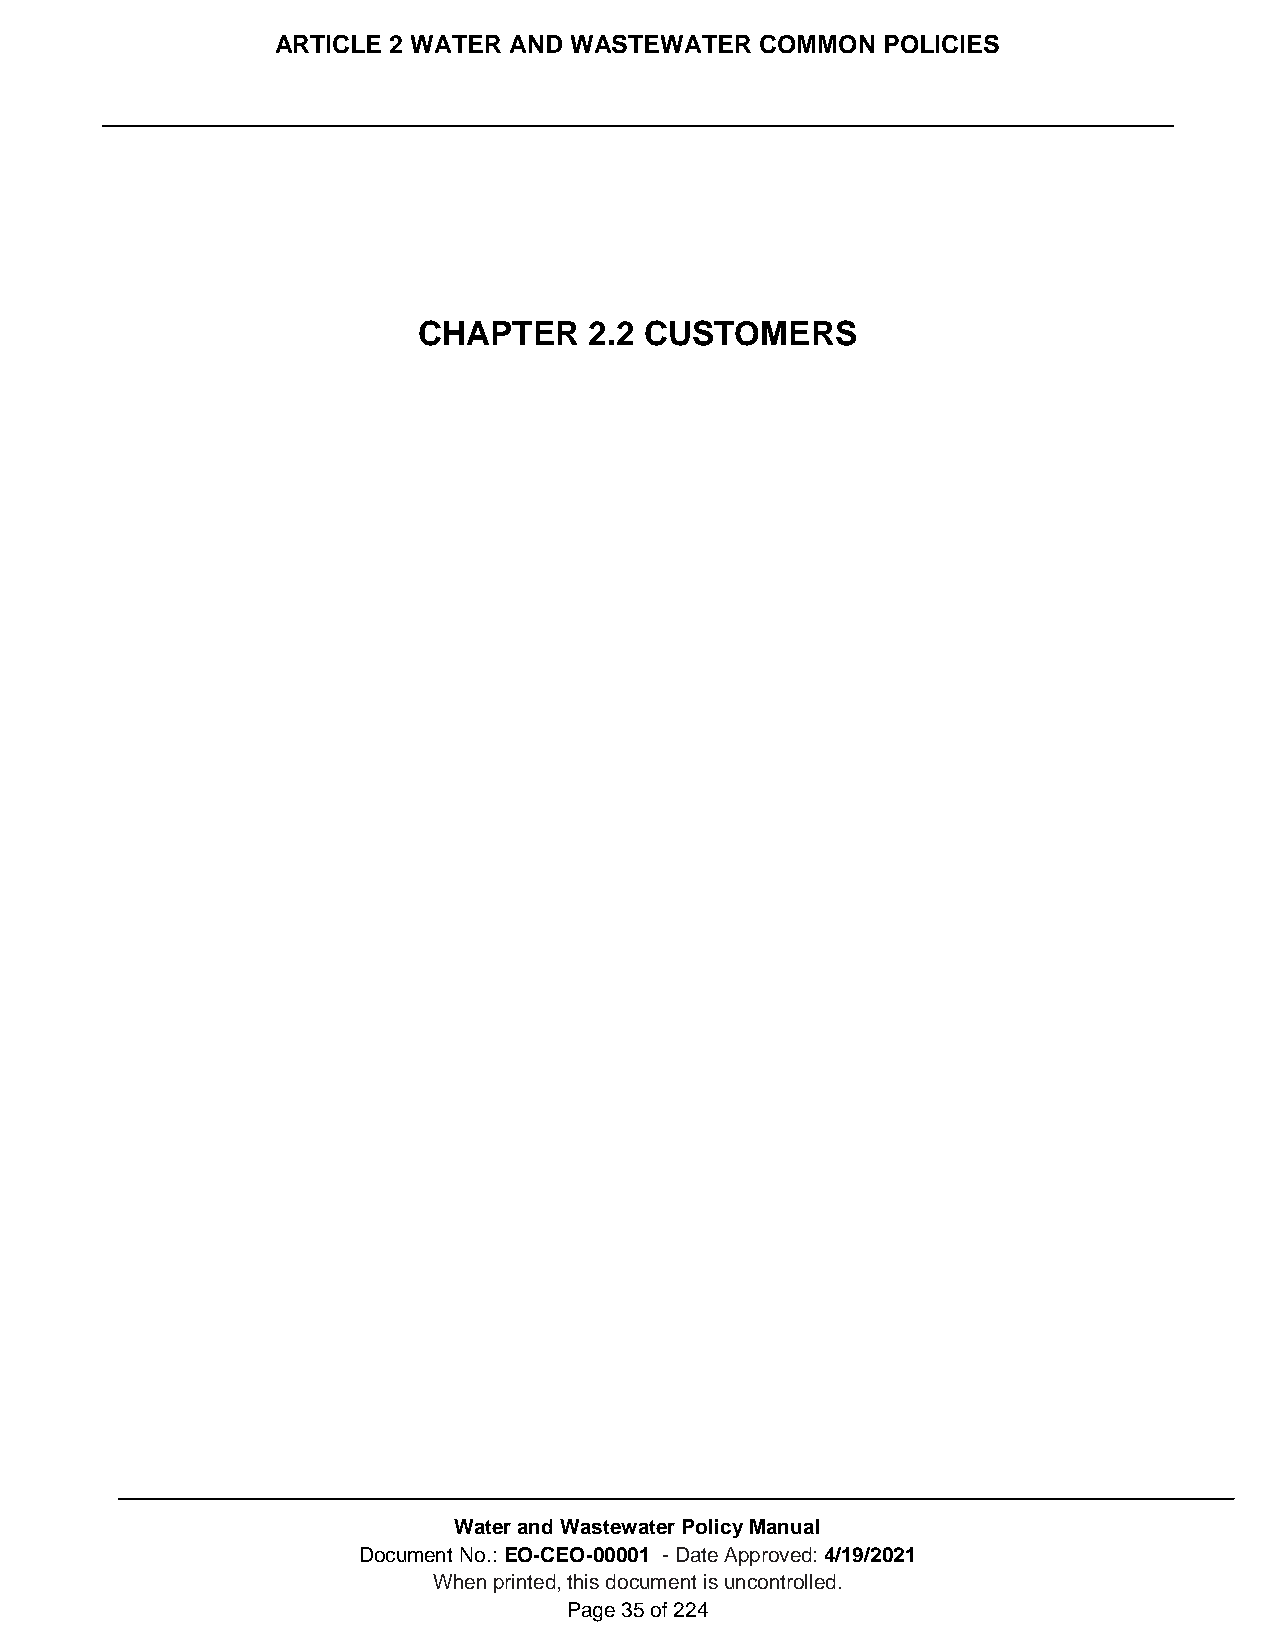
ARTICLE 2 WATER AND WASTEWATER  COMMON  POLICIES
 CHAPTER    2.2 CUSTOMERS
 Water and Wastewater Policy Manual
 Document No.: EO-CEO-00001 - Date Approved: 4/19/2021
 When printed, this document is uncontrolled.
 Page 35 of 224